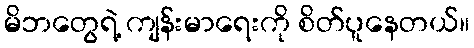
မိဘတွေရဲ့ ကျန်းမာရေးကို စိတ်ပူနေတယ်။